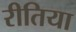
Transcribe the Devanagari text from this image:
रीतिया